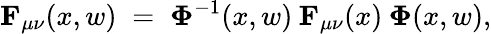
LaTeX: {\mathbf F}_{\mu\nu}(x,w)\; =\; {\mathbf\Phi}^{-1}(x,w)\: {\mathbf F}_{\mu\nu}(x)\: {\mathbf\Phi}(x,w),